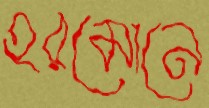
হরমোনে